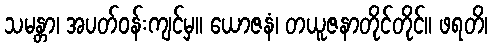
သမန္တာ၊ အပတ်ဝန်းကျင်မှ။ ယောဇနံ၊ တယူဇနာတိုင်တိုင်။ ဖရတိ၊